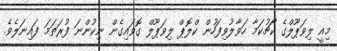
މިއީ ލިވަޕޫލްގެ ކޯޗުކަމާ ހަވާލުވިފަހުން ކްލޮޕް ލިވަޕޫލް ގޮވައިގެން ނިކުންނަ ފުރަތަމަ ފައިނަލެވެ.